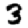
Digit: 3